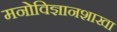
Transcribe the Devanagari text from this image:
मनोविज्ञानशाखा